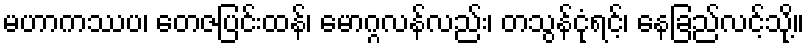
မဟာကဿပ၊ တေဇပြင်းထန်၊ မောဂ္ဂလန်လည်း၊ တသွန်ငုံရင့်၊ နေခြည်လင့်သို့။